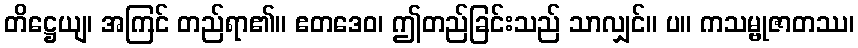
တိဋ္ဌေယျ၊ အကြင် တည်ရာ၏။ ဧတဒေဝ၊ ဤတည်ခြင်းသည် သာလျှင်။ ပ။ ကသမ္ဗုဇာတဿ၊